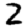
Digit: 2